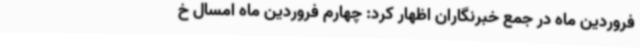
فروردین ماه در جمع خبرنگاران اظهار کرد: چهارم فروردین ماه امسال خ